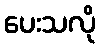
ပေးသလို